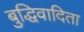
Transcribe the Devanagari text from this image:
बुद्धिवादिता